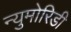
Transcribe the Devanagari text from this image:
न्युमोरिडी